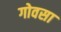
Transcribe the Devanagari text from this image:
गोवसा